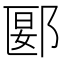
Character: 郾